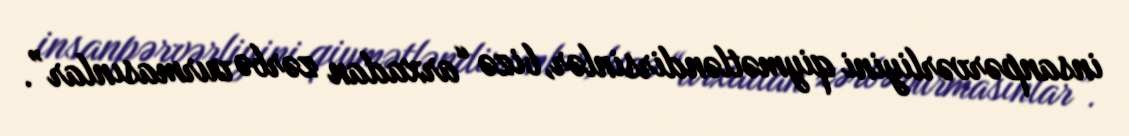
insanpərvərliyini qiymətləndirsinlər, bizə “arxadan zərbə vurmasınlar”.